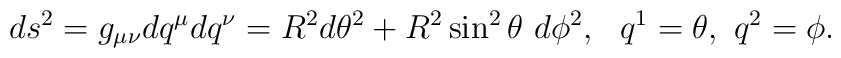
ds^2 = g_{\mu \nu} dq^\mu dq^\nu = R^2 d\theta^2 + R^2 \sin^2 \theta ~d\phi^2, ~~ q^1 = \theta,~q^2 = \phi.